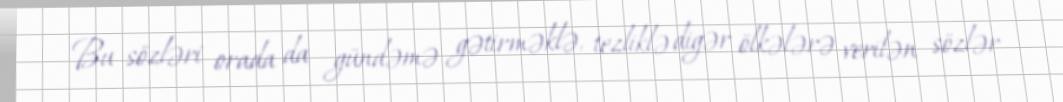
Bu sözləri orada da gündəmə gətirməklə, tezliklə digər ölkələrə verilən sözlər